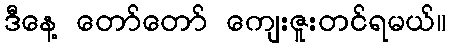
ဒီနေ့ တော်တော် ကျေးဇူးတင်ရမယ်။